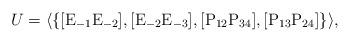
LaTeX: \begin{align*}U=\langle\left\{[{\rm E}_{-1}\rm{E}_{-2}], [\rm{E}_{-2}\rm{E}_{-3}], [\rm{P}_{12}\rm{P}_{34}], [\rm{P}_{13}\rm{P}_{24}]\right\}\rangle,\end{align*}